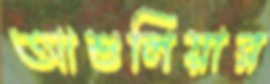
আশুলিয়ার